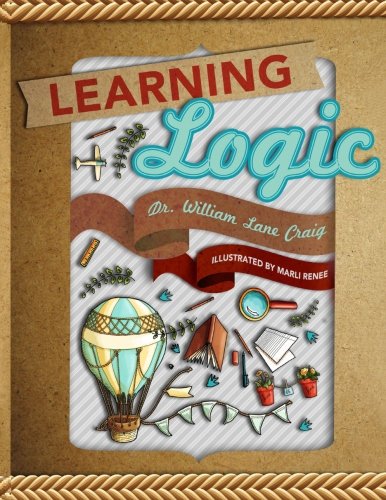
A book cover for Learning Logic; William Lane Craig; Politics & Social Sciences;